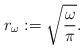
LaTeX: \begin{align*}r_\omega:=\sqrt{\frac{\omega}{\pi}}.\end{align*}